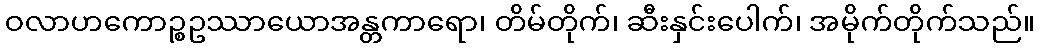
ဝလာဟကောဉ္စဥဿာယောအန္တကာရော၊ တိမ်တိုက်၊ ဆီးနှင်းပေါက်၊ အမိုက်တိုက်သည်။